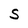
Character: S